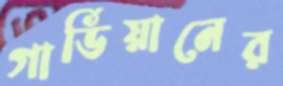
গার্ডিয়ানের